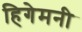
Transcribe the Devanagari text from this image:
हिगेमनी